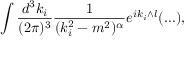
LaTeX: \int \frac { d ^ { 3 } k _ { i } } { ( 2 \pi ) ^ { 3 } } \frac { 1 } { ( k _ { i } ^ { 2 } - m ^ { 2 } ) ^ { \alpha } } e ^ { i k _ { i } \wedge l } ( \ldots ) ,